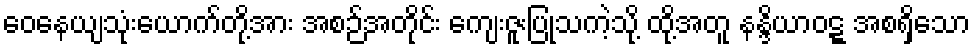
ဝေနေယျသုံးယောက်တို့အား အစဉ်အတိုင်း ကျေးဇူးပြုသကဲ့သို့ ထို့အတူ နန္ဒိယာဝဋ္ဋ အစရှိသော